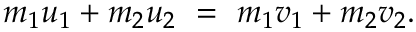
\, \! m _ { 1 } u _ { 1 } + m _ { 2 } u _ { 2 } \ = \ m _ { 1 } v _ { 1 } + m _ { 2 } v _ { 2 } .